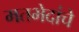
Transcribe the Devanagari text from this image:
मतभेदांचे